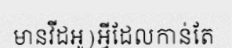
មានវីដអូ)អ្វីដែលកាន់តែ